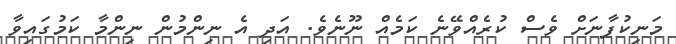
މަނިކުފާނަށް ވެސް ކުރެއްވޭނެ ކަމެއް ނޫނެވެ. އަދި އެ ނިންމުން ނިންމާ ކަމުގައިވާ